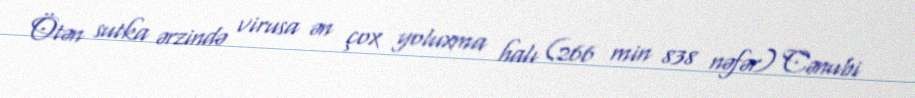
Ötən sutka ərzində virusa ən çox yoluxma halı (266 min 838 nəfər) Cənubi